Annual report on the lock hospitals of the Madras Presidency
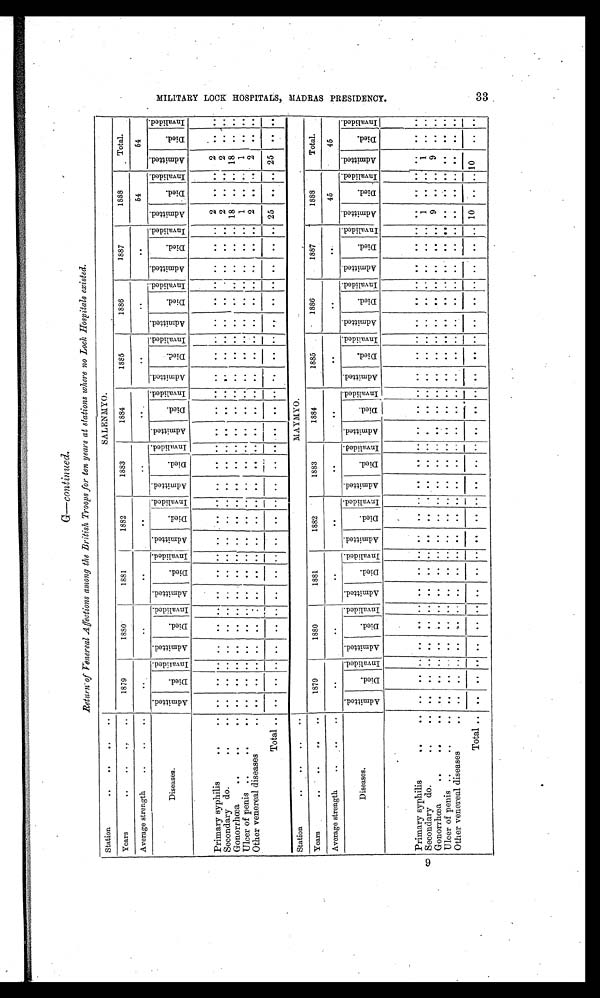
G—continued.
Return of Venereal Affections among the British Troops for ten years at stations where no Lock Hospitals existed.
Station
..
..
..
..
SALENMYO.
Years
..
..
..
..
1879
1880
1881
1882
1883
1884
1885
1886
1887
1888
Total.
Average strength
..
..
I..
..
. .
. . . .
. .
. .
..
. .
. .
. .
. .
..
..
54
54
Diseases.
A d m i t t e d .
D i e d .
I n v a l i d e d .
A d m i t t e d .
D i e d .
I n v a l i d e d .
A d m i t t e d .
D i e d .
I n v a l i d e d .
A d m i t t e d .
D i e d .
I n v a l i d e d .
A d m i t t e d .
D i e d .
I n v a l i d e d .
A d m i t t e d .
D i e d .
I n v a l i d e d .
A d m i t t e d .
D i e d .
I n v a l i d e d . Admi t t e d.
D i e d .
I n v a l i d e d .
A d m i t t e d .
Died.
I n v a l i d e d .
A d m i t t e d .
D i e d .
I n v a l i d e d .
A d m i t t e d .
D i e d .
I nval i ded.
Primary syphilis
..
..
. .
. .
. .
. .
. .
. .
..
. .
. .
. .
. .
. .
..
..
..
..
. .
. .
. .
. . ..
. .
. .
..
..
. .
2
. .
. .
2
. .
..
Secondary do.
..
..
..
..
..
..
..
..
. .
..
. .
. .
. .
. .
. .
. .
. .
. . ..
..
. . ..
. .
. .
..
. .
. .
..
.. ..
2
. .
. .
2
. . ..
Gonorrhœa
..
..
. .
. .
. .
. .
. .
. .
. . ..
..
. .
. .
. .
. .
. .
. .
. .
. .
. .
. .
. . ..
. .
. .
..
..
..
18
. .
..
18
. . ..
Ulcer of penis ..
..
..
. .
. .
. .
. .
. .
. .
..
. .
. .
. .
. .
. .
. .
. .
. .
. .
. . . .
. .
. . ..
. .
. .
..
..
. .
1
. .
. .
1
. .
..
Ot her venereal diseases
..
. .
..
..
..
..
..
..
..
..
..
. .
..
. .
. .
..
..
..
. .
. .
. .
. .
..
. .
. . .. ..
. . 2
..
. .
2
. . ..
Total ..
..
. .
. .
. .
. .
. .
. .
. .
. .
. .
. .
. .
. .
. .
. .
. .
. .
. .
. .
..
. .
..
. .
. .
..
..
. .
2 5
... ... 25
. . ..
Station
. .
..
..
MAYMYO.
Years
..
. .
..
..
1879
1880
1881
1882
1883
1884
1885
1886
1887
1888
Total.
Average strength
. .
..
..
..
..
..
. .
. .
..
. .
..
. .
45
45
Diseases.
A d m i t t e d .
D i e d .
I n v a l i d e d .
A d m i t t e d .
D i e d .
I n v a l i d e d . A d m i t t e d .
D i e d .
I n v a l i d e d .
A d m i t t e d .
D i e d .
I n v a l i d e d .
A d m i t t e d .
D i e d .
I n v a l i d e d .
A d m i t t e d .
D i e d .
I n v a l i d e d .
A d m i t t e d .
D i e d .
I n v a l i d e d .
A d m i t t e d .
D i e d .
I n v a l i d e d .
A d m i t t e d .
D i e d .
I n v a l i d e d .
A d m i t t e d .
D i e d .
I n v a l i d e d . A d m i t t e d .
D i e d .
I nval i ded.
Primary syphilis
..
..
..
. .
. .
. .
. .
. .
. .
..
. .
. .
. .
. .
. .
. .
. .
. .
. .
. .
. .
. .
. .
. .
. .
. .
..
. .
. .
. .
. .
. .
. . . . ..
S econdary do.
..
..
.. ..
..
..
..
..
..
..
..
. .
..
. .
. .
..
. .
..
..
..
. .
..
. .
. .
. .
..
. .
. .
1
. .
. .
1
. . ..
Gonorrhœa
a
..
..
. .
. .
. .
. .
. .
. . ..
. .
. .
. .
. .
. .
. . ..
. .
. .
. .
. .
. . ..
. .
. .
..
..
..
..
9 ..
..
9
. . ..
Ulcer of penis ..
..
..
..
..
..
..
..
..
..
..
..
..
..
..
. .
..
. .
. .
. .
. .
. .
. .
. .
. .
. .
..
. .
. .
. .
. .
. .
. .
. .
..
Oth er venereal diseases
..
..
..
..
..
..
..
..
..
..
..
..
..
. .
. .
..
..
..
..
..
..
..
. .
. .
..
..
..
..
..
. .
. .
. .
. .
..
Total ..
..
. .
. .
. .
. .
. . . .
..
. .
. .
. .
. .
..
. .
. .
..
. .
. .
. .
. .
. .
. .
. . ..
. .
..
1 0
. .
. .
1 0
. .
..
MI LI TARY
LOCK
HOSPI TALS,
MADRAS PRESI DENOY.
33